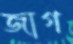
জাগ